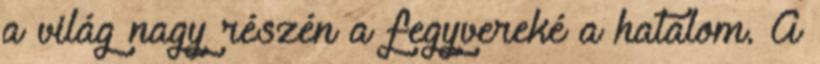
a világ nagy részén a fegyvereké a hatalom. A